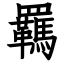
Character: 羈